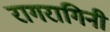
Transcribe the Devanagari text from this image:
रागरागिनी